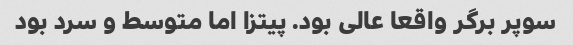
سوپر برگر واقعا عالی بود. پیتزا اما متوسط و سرد بود